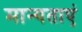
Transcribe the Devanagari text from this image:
मान्‍यताएं